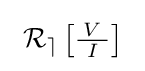
\ \operatorname {\mathcal {R_{e}}} \left[{\tfrac {V}{\ I\ }}\right]\